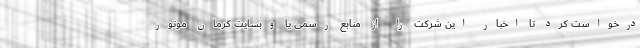
درخواست کرد تا اخبار این شرکت را از منابع رسمی یا وبسایت کرمان موتور